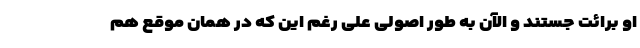
او برائت جستند و الآن به طور اصولی علی رغم این که در همان موقع هم